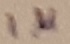
Text: 1µ